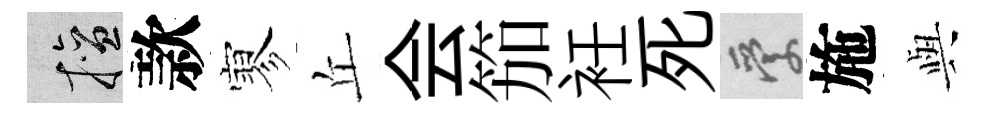
擅款寥丘会笳衽死愛施𫤰